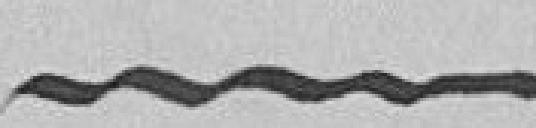
-----